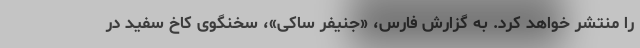
را منتشر خواهد کرد. به گزارش فارس، «جنیفر ساکی»، سخنگوی کاخ سفید در